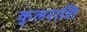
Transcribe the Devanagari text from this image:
कुलराशि